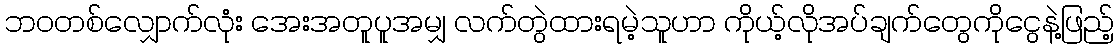
ဘဝတစ်လျှောက်လုံး အေးအတူပူအမျှ လက်တွဲထားရမဲ့သူဟာ ကိုယ့်လိုအပ်ချက်တွေကိုငွေနဲ့ဖြည့်